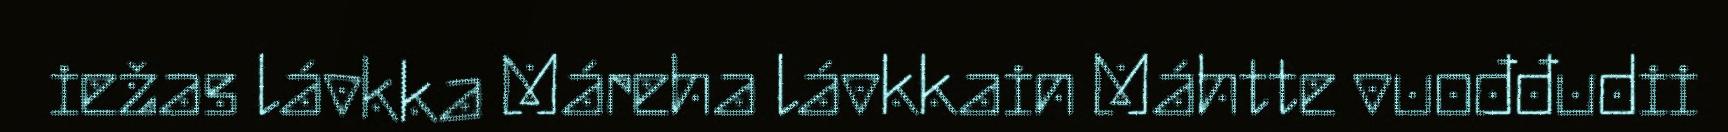
iežas lávkka Máreha lávkkain Máhtte vuođđudii